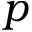
p